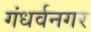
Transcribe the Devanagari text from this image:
गंधर्वनगर